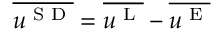
\overline { { u ^ { \textnormal { S D } } } } = \overline { { u ^ { \textnormal { L } } } } - \overline { { u ^ { \textnormal { E } } } }